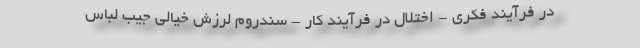
در فرآیند فکری - اختلال در فرآیند کار - سندروم لرزش خیالی جیب لباس